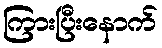
ကြားပြီးနောက်